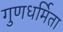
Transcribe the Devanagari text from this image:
गुणधर्मिता